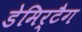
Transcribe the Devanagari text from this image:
डेमिर्टैग